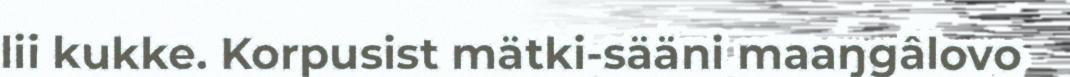
lii kukke. Korpusist mätki-sääni maaŋgâlovo